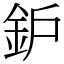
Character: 鈩